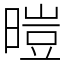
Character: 暟